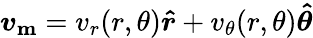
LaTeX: \boldsymbol{v_{\mathrm{m}}}=v_{r}(r,\theta)\boldsymbol{\hat{r}}+v_{\theta}(r,\theta)\boldsymbol{\hat{\theta}}